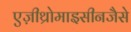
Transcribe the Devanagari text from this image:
एज़ीथ्रोमाइसीनजैसे